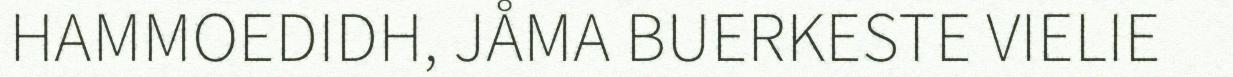
HAMMOEDIDH, JÅMA BUERKESTE VIELIE